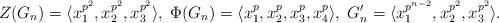
LaTeX: \begin{align*}Z(G_n) =\langle x_1^{p^2}, x_2^{p^2}, x_3^{p^2}\rangle ,\;\Phi(G_n) = \langle x_1^p, x_2^p, x_3^p, x_4^p\rangle ,\;G_n' = \langle x_1^{p^{n-2}}, x_2^{p^2}, x_3^{p^2}\rangle.\end{align*}